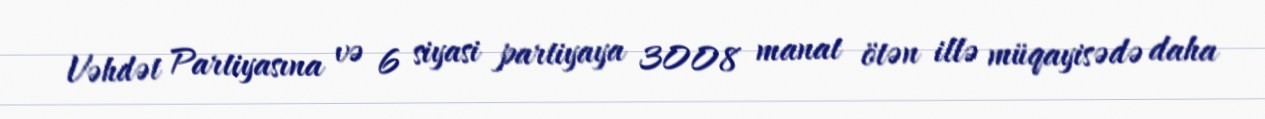
Vəhdət Partiyasına və 6 siyasi partiyaya 3008 manat ötən illə müqayisədə daha